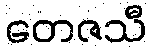
တေဇသီ